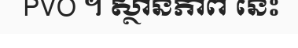
PVO ។ ស្ថានភាព នេះ